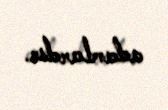
adamlardır.